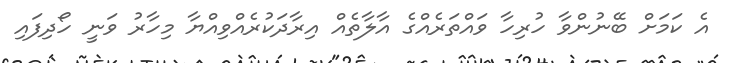
އެ ކަމަށް ބޭނުންވާ ހުރިހާ ވައްތަރެއްގެ އާލާތެއް އިރާދަކުރެއްވިއްޔާ މިހާރު ވަނީ ހޯދިފައި